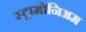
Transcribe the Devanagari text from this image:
स्ट्रामोनिअम